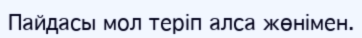
Пайдасы мол теріп алса жөнімен.